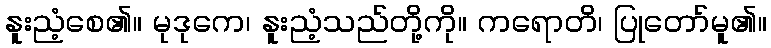
နူးညံ့စေ၏။ မုဒုကေ၊ နူးညံ့သည်တို့ကို။ ကရောတိ၊ ပြုတော်မူ၏။